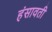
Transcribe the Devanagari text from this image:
हंसावती